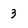
Character: 3